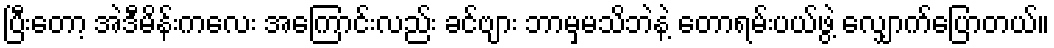
ပြီးတော့ အဲဒီမိန်းကလေး အကြောင်းလည်း ခင်ဗျား ဘာမှမသိဘဲနဲ့ တောရမ်းပယ်ဖွဲ့ လျှောက်ပြောတယ်။